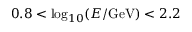
0 . 8 < \log _ { 1 0 } ( E / \mathrm { G e V } ) < 2 . 2